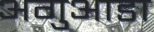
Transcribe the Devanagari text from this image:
अगुआडा